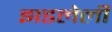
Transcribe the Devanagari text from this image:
झडलेली